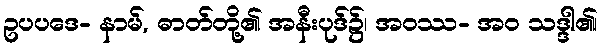
ဥပပဒေ- နာမ်, ဓာတ်တို့၏ အနီးပုဒ်၌၊ အဝဿ- အဝ သဒ္ဒါ၏၊